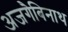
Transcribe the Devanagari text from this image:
अजगैबिनाथ